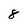
Character: 8